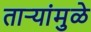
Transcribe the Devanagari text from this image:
तार्‍यांमुळे